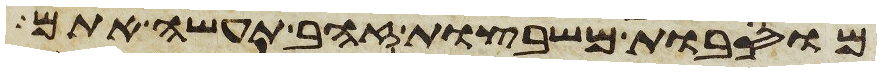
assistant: מוסבות משבצות זהב תעשה אתם